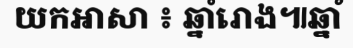
យកអាសា ៖ ឆ្នាំរោង៕ឆ្នាំ